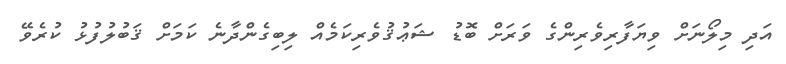
އަދި މިލޯނަށް ވިޔަފާރިވެރިންގެ ވަރަށް ބޮޑު ޝަޢުޤުވެރިކަމެއް ލިބިގެންދާނެ ކަމަށް ޤަބުލުފުޅު ކުރެވޭ